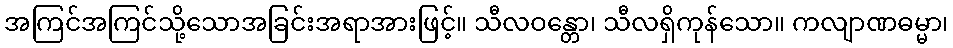
အကြင်အကြင်သို့သောအခြင်းအရာအားဖြင့်။ သီလဝန္တော၊ သီလရှိကုန်သော။ ကလျာဏဓမ္မာ၊